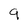
Character: 9